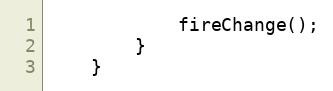
Language: Java
			fireChange();
		}
	}